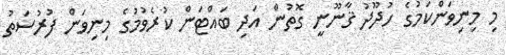
މި މިނިވަންކަމުގެ ހުދޫދު ޤާނޫނީ ގޮތުން އަދި ބައްޓަން ކުރެވުމުގެ މިނިވަން ފުރުސަތު